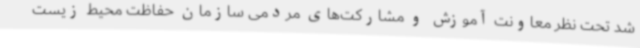
شد تحت نظر معاونت آموزش و مشارکت‌های مردمی سازمان حفاظت محیط ‌زیست